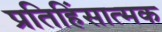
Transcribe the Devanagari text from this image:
प्रतिहिंसात्मक